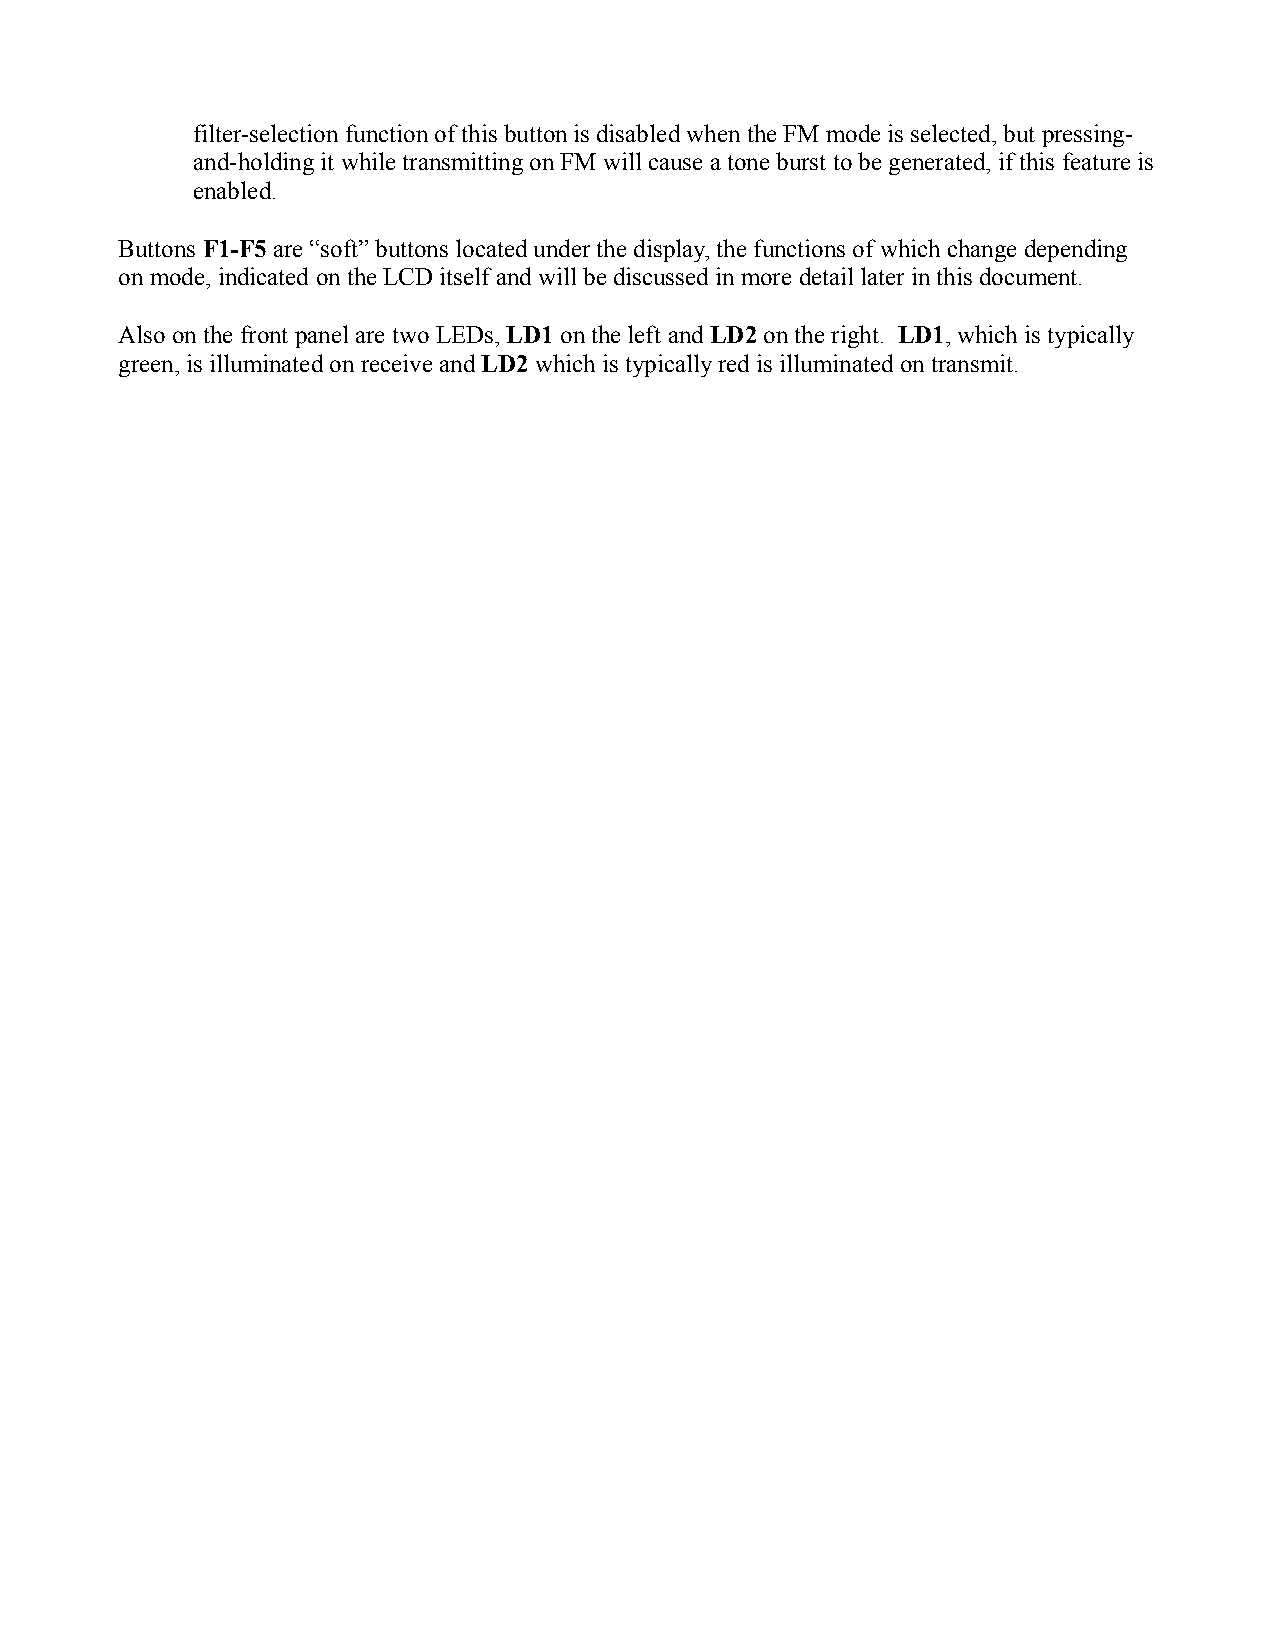
filter-selection function of this button is disabled when the FM mode is selected, but pressing-
 and-holding it while transmitting on FM will cause a tone burst to be generated, if this feature is
 enabled.
 Buttons F1-F5 are “soft” buttons located under the display, the functions of which change depending
 on mode, indicated on the LCD itself and will be discussed in more detail later in this document.
 Also on the front panel are two LEDs, LD1 on the left and LD2 on the right. LD1, which is typically
 green, is illuminated on receive and LD2 which is typically red is illuminated on transmit.